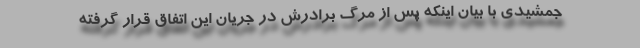
جمشیدی با بیان اینکه پس از مرگ برادرش در جریان این اتفاق قرار گرفته